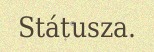
Státusza.